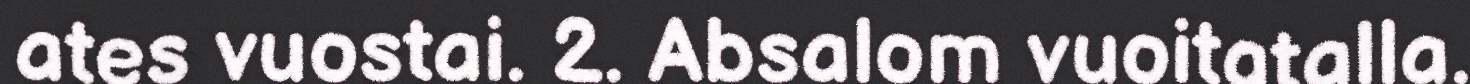
ates vuostai. 2. Absalom vuoitatalla.